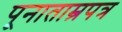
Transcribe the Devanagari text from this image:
पूनाताम्रपत्र